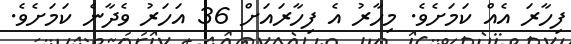
ފިހާރަ އެއް ކަމަށެވެ. މިހާރު އެ ފިހާރައަށް 36 އަހަރު ވެދާނެ ކަމަށެވެ.